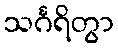
သင်္ဂရိတွာ